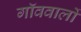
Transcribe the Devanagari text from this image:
गॉववालों